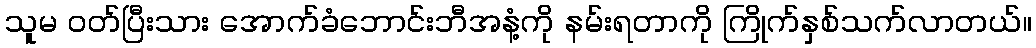
သူမ ဝတ်ပြီးသား အောက်ခံဘောင်းဘီအနံ့ကို နမ်းရတာကို ကြိုက်နှစ်သက်လာတယ်။